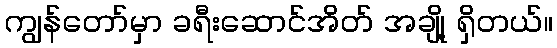
ကျွန်တော်မှာ ခရီးဆောင်အိတ် အချို့ ရှိတယ်။